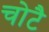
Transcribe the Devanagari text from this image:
चोटै